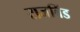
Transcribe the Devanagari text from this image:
राजबिंड